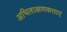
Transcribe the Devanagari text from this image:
अभिलाक्षणकताएं